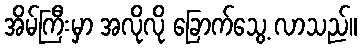
အိမ်ကြီးမှာ အလိုလို ခြောက်သွေ့ လာသည်။